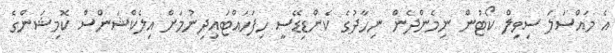
އެ މައްސަލަ ސިވިލް ކޯޓުން ނިމެންދެން ނިހާދުގެ ކެންޑިޑޭސީ ހިފަހައްޓައިދިނުމަށް އިލެކްޝަންސް ކޮމިޝަންގެ